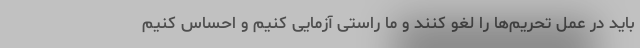
باید در عمل تحریم‌ها را لغو کنند و ما راستی آزمایی کنیم و احساس کنیم